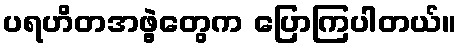
ပရဟိတအဖွဲ့တွေက ပြောကြပါတယ်။